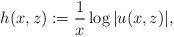
LaTeX: \begin{align*}h(x,z):=\frac{1}{x}\log|u(x,z)|,\end{align*}